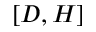
[ D , H ]